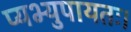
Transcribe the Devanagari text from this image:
प्यभ्युपायतः।